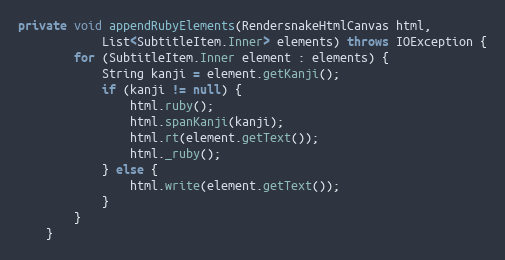
Language: Java
private void appendRubyElements(RendersnakeHtmlCanvas html,
			List<SubtitleItem.Inner> elements) throws IOException {
		for (SubtitleItem.Inner element : elements) {
			String kanji = element.getKanji();
			if (kanji != null) {
				html.ruby();
				html.spanKanji(kanji);
				html.rt(element.getText());
				html._ruby();
			} else {
				html.write(element.getText());
			}
		}
	}